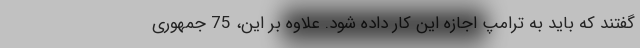
گفتند که باید به ترامپ اجازه این کار داده شود. علاوه بر این، 75 جمهوری